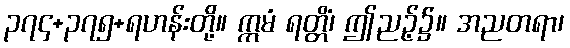
၃၇၄+၃၇၅+ရဟန်းတို့။ ဣမံ ရတ္တိံ၊ ဤညဉ့်၌။ အညတရာ၊